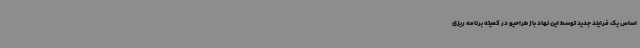
اساس یک فرایند جدید توسط این نهاد باز طراحیو در کمیته برنامه ریزی